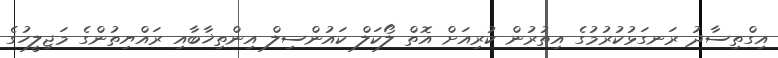
އިގްތިސާދު ރަނގަޅުކުރުމުގެ އިތުރުން ކުރިއަށް އޮތް ލޯކަލް ކައުންސިލް އިންތިޚާބާއި ރައްޔިތުންގެ މަޖިލީހުގެ